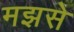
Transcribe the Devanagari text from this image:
मझसे